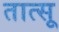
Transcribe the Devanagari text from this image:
तात्सू